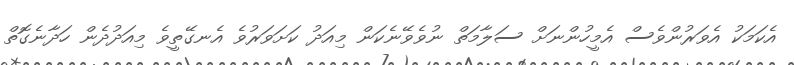
އެކަމަކު އެވަރުންވެސް އެމީހުންނަށް ސަލާމަތް ނުވެވޭނެކަން މިއަދު ކަށަވަރުވެ އެނގޭތީވެ މިއަދުދެން ހަދާނެގޮތް